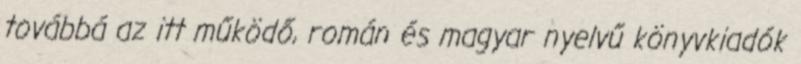
továbbá az itt működő, román és magyar nyelvű könyvkiadók